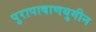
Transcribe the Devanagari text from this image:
पुरापाषाणयुगीन